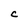
Character: C